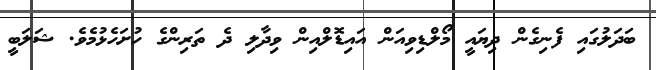
ބަދަލުގައި ފެނިގެން ދިޔައީ މޯލްޑިވިއަން އައިޑޮލްއިން ވިދާލި ދެ ތަރިންގެ ހުށަހެޅުމެވެ. ޝަލަބީ